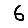
Digit: 6